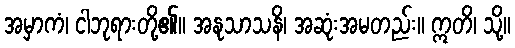
အမှာကံ၊ ငါဘုရားတို့၏။ အနုသာသနိ၊ အဆုံးအမတည်း။ ဣတိ၊ သို့။